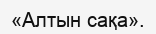
«Алтын сақа».